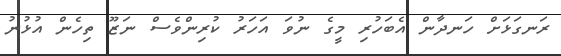
ރަނގަޅަށް ހަނދާން އެބަހުރި މީގެ ނުވަ އަހަރު ކުރިންވެސް ނަޒޫ ތިހެން އުޅުނު